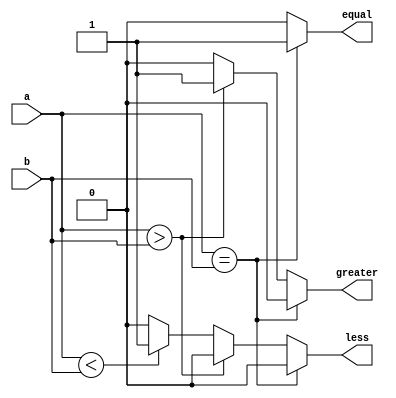
`timescale 1ns / 1ps
//////////////////////////////////////////////////////////////////////////////////
// Company: 
// Engineer: 
// 
// Design Name: 
// Module Name: comparator_2bit
// Project Name: 
// Target Devices: 
// Tool Versions: 
// Description: 
// 
// Dependencies: 
// 
// Revision:
// Revision 0.01 - File Created
// Additional Comments:
// 
//////////////////////////////////////////////////////////////////////////////////


module comparator_2bit(a,b,equal,greater,less);
input [1:0]a;
input [1:0]b;

output reg  equal;
output reg  greater;
output reg less;


always@(*) begin
equal=0; greater=0; less=0;
     if(a==b) 
	      equal = 2'b01;
	      
	 else if(a>b) 
	       greater = 2'b01;
	 else if(a<b) 
	        less = 2'b01;
	      

end	     
endmodule